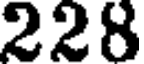
228